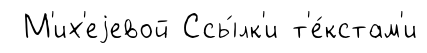
М'их'еjевой Ссы́лк'и т'е́кстам'и